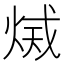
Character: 𤉫